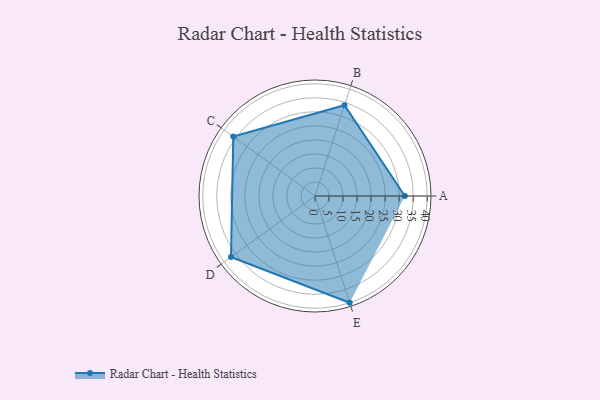
{"axis": {"x": "Skill", "y": "Score"}, "legend": ["Profile"], "data": [{"x": "A", "y": 32.0, "type": "Profile"}, {"x": "B", "y": 34.0, "type": "Profile"}, {"x": "C", "y": 36.0, "type": "Profile"}, {"x": "D", "y": 37.0, "type": "Profile"}, {"x": "E", "y": 40.0, "type": "Profile"}]}